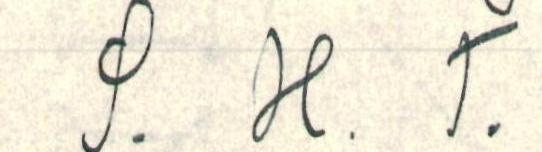
S. H. T.